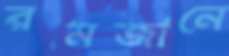
রমজানে